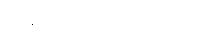
ကန့်ကွက်ခဲ့ကြပါတယ်။